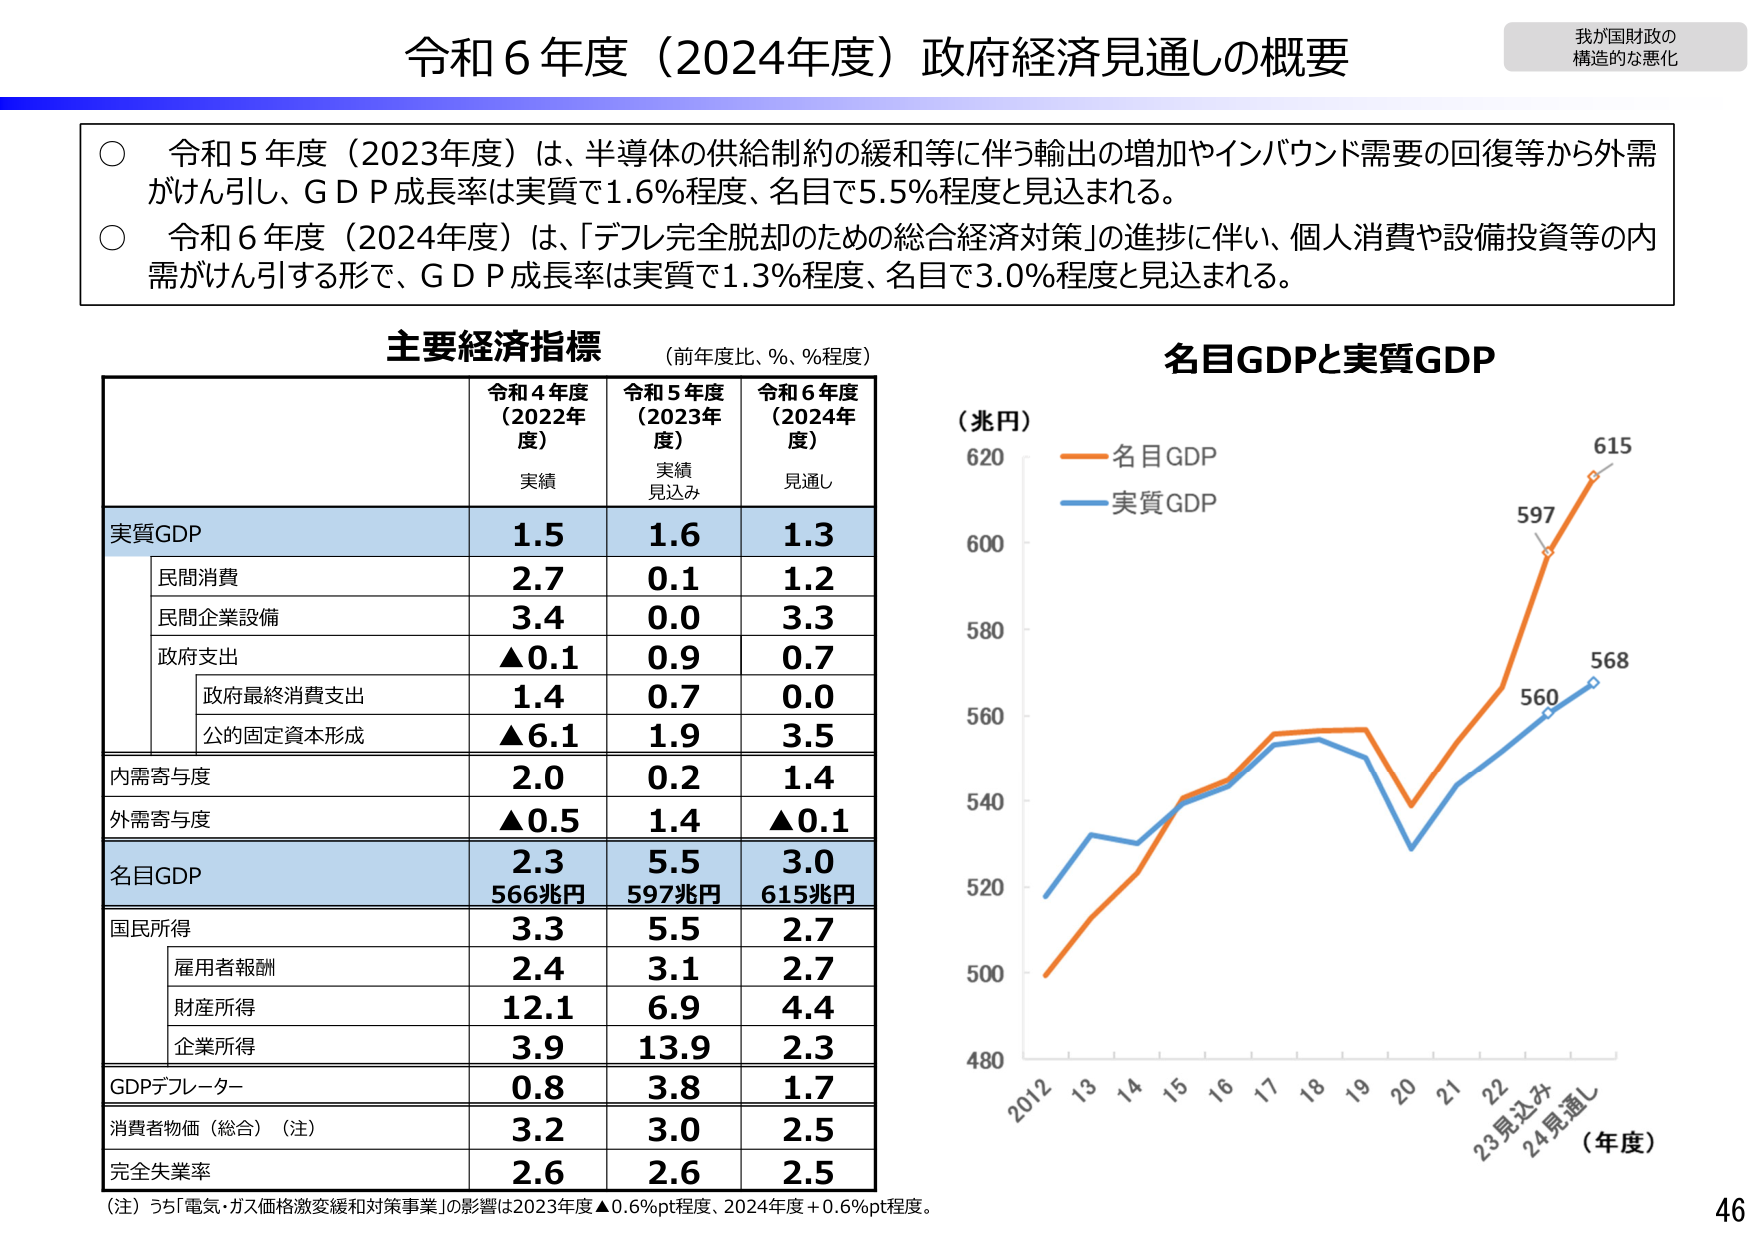
令和6年度（2024年度）政府経済見通しの概要

我が国財政の
構造的な悪化

○ 令和5年度（2023年度）は、半導体の供給制約の緩和等に伴う輸出の増加やインバウンド需要の回復等から外需がけん引し、ＧＤＰ成長率は実質で1.6％程度、名目で5.5％程度と見込まれる。
○ 令和6年度（2024年度）は、「デフレ完全脱却のための総合経済対策」の進捗に伴い、個人消費や設備投資等の内需がけん引する形で、ＧＤＰ成長率は実質で1.3％程度、名目で3.0％程度と見込まれる。

主要経済指標 （前年度比、％、％程度）

令和4年度（2022年度） 実績
令和5年度（2023年度） 実績 見込み
令和6年度（2024年度） 見通し

実質GDP
1.5 1.6 1.3

　民間消費
　2.7 0.1 1.2

　民間企業設備
　3.4 0.0 3.3

　政府支出
　▲0.1 0.9 0.7

　　政府最終消費支出
　　1.4 0.7 0.0

　　公的固定資本形成
　　▲6.1 1.9 3.5

内需寄与度
2.0 0.2 1.4

外需寄与度
▲0.5 1.4 ▲0.1

名目GDP
2.3 5.5 3.0
566兆円 597兆円 615兆円

国民所得
3.3 5.5 2.7

　雇用者報酬
　2.4 3.1 2.7

　財産所得
　12.1 6.9 4.4

　企業所得
　3.9 13.9 2.3

GDPデフレーター
0.8 3.8 1.7

消費者物価（総合）（注）
3.2 3.0 2.5

完全失業率
2.6 2.6 2.5

（注）うち「電気・ガス価格激変緩和対策事業」の影響は2023年度▲0.6％pt程度、2024年度＋0.6％pt程度。

名目GDPと実質GDP

（兆円）
620
600
580
560
540
520
500
480

名目GDP
実質GDP

615
597
560
568

2012 13 14 15 16 17 18 19 20 21 22 23見込み 24見通し
（年度）

46